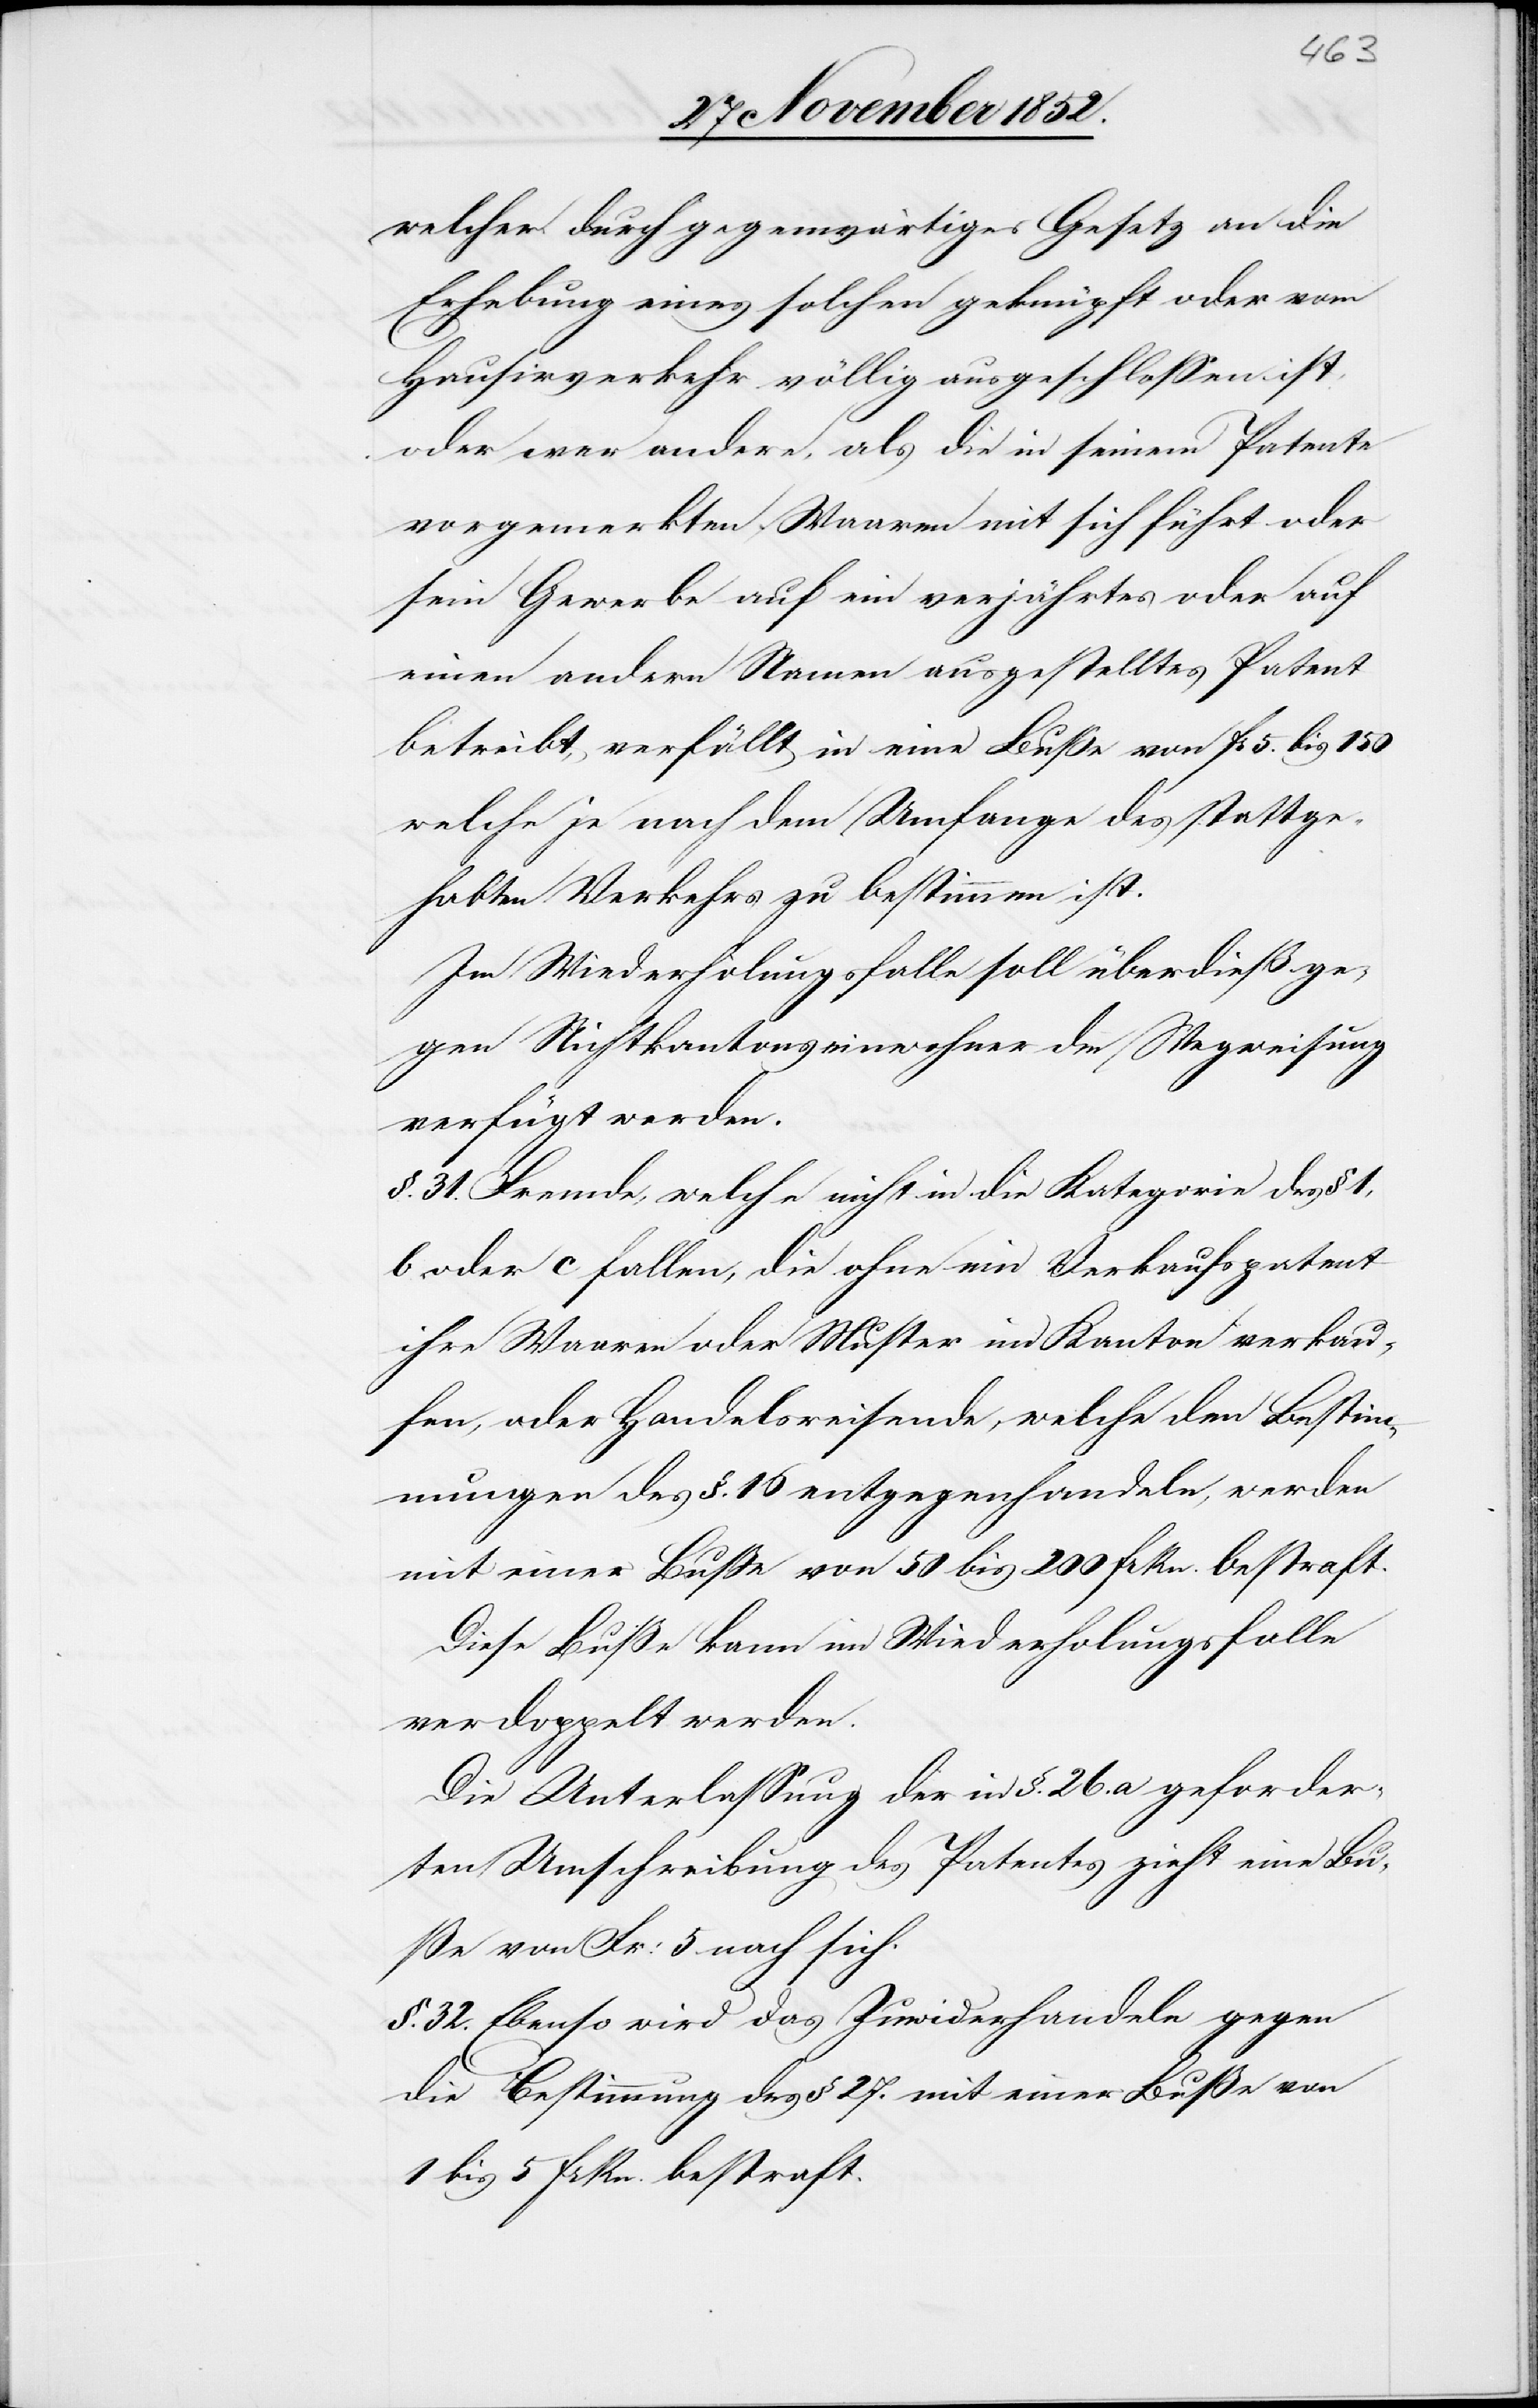
welcher durch gegenwärtiges Gesetz an die
Erhebung eines solchen geknüpft oder vom
Hausirverkehr völlig ausgeschlossen ist,
oder wer andere, als die in seinem Patente
vorgemerkten Waaren mit sich führt oder
sein Gewerbe auf ein verjährtes oder auf
einen andern Namen ausgestelltes Patent
betreibt, verfällt in eine Buße von Fr 5. bis 150
welche je nach dem Umfange des stattge¬
habten Verkehrs zu bestimmen ist.
Im Wiederholungsfalle soll überdieß ge¬
gen Nichtkantonseinwohner die Wegweisung
verfügt werden.
§. 31. Fremde, welche nicht in die Kategorie des § 1,
b oder c fallen, die ohne ein Verkaufspatent
ihre Waaren oder Muster im Kanton verkau¬
fen, oder Handelsreisende, welche den Bestim¬
mungen des §. 16 entgegenhandeln, werden
mit einer Buße von 50 bis 200 Frkn. bestraft.
Diese Buße kann im Wiederholungsfalle
verdoppelt werden.
Die Unterlassung der in §. 26. a geforder¬
ten Umschreibung des Patentes zieht eine Bu¬
ße von Fr: 5 nach sich.
§. 32. Ebenso wird das Zuwiderhandeln gegen
die Bestimmung des § 27. mit einer Buße von
1 bis 5 Frkn. bestraft.